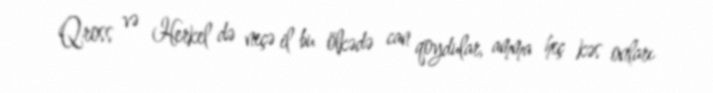
Qross və Herkel də neçə il bu ölkədə can qoydular, amma heç kəs onları